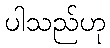
ပါသည်ဟု